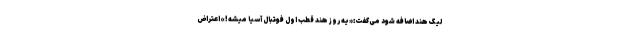
لیگ هند اضافه شود می‌گفت:«یه روز هند قطب اول فوتبال آسیا میشه!» اعتراض